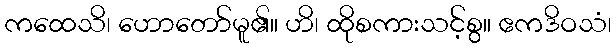
ကထေသိ၊ ဟောတော်မူ၏။ ဟိ၊ ထိုစကားသင့်စွ။ ဧကဒိဝသံ၊